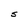
Character: S